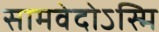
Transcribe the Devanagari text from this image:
सामवेदोऽस्मि